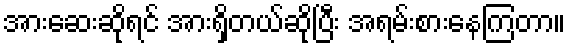
အားဆေးဆိုရင် အားရှိတယ်ဆိုပြီး အရမ်းစားနေကြတာ။